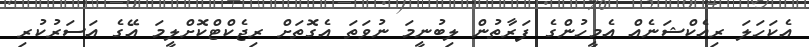
އެކަހަލަ ރިއެކްޝަނެއް އެމީހުންގެ ފަރާތުން ލިބުނީމަ ނުވަތަ އެގޮތަށް ރިޖެކްޓްކޮށްލީމަ އޭގެ އަސަރުކުރި